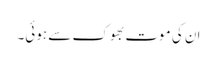
ان کی موت بھوک سے ہوئی۔